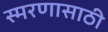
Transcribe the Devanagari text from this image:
स्मरणासाठी